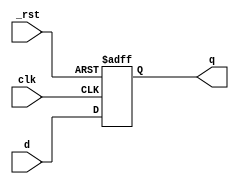
module dff_asy (q, d, clk, _rst);
	input d, clk, _rst;
	output reg q;
	
	always @ (posedge clk or posedge _rst)
		if (_rst == 1) q <= 0;
		else q <= d;
endmodule